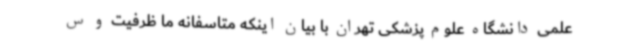
علمی دانشگاه علوم پزشکی تهران با بیان اینکه متاسفانه ما ظرفیت و س